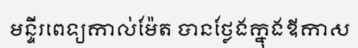
មន្ទីរពេទ្យកាល់ម៉ែត បានថ្លែងក្នុងឳកាស